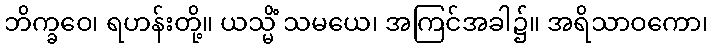
ဘိက္ခဝေ၊ ရဟန်းတို့။ ယသ္မိံ သမယေ၊ အကြင်အခါ၌။ အရိသာဝကော၊